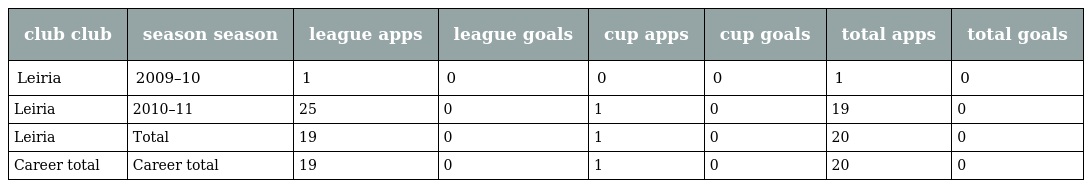
| club club | season season | league apps | league goals | cup apps | cup goals | total apps | total goals |
 | --- | --- | --- | --- | --- | --- | --- | --- |
 | Leiria | 2009–10 | 1 | 0 | 0 | 0 | 1 | 0 |
 | Leiria | 2010–11 | 25 | 0 | 1 | 0 | 19 | 0 |
 | Leiria | Total | 19 | 0 | 1 | 0 | 20 | 0 |
 | Career total | Career total | 19 | 0 | 1 | 0 | 20 | 0 |